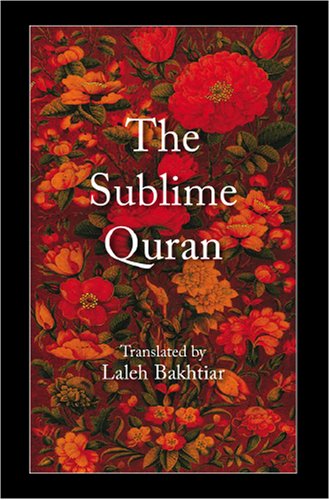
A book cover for The Sublime Quran; Religion & Spirituality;